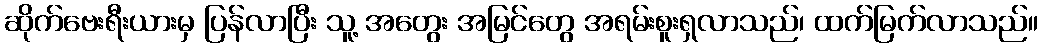
ဆိုက်ဗေးရီးယားမှ ပြန်လာပြီး သူ့ အတွေး အမြင်တွေ အရမ်းစူးရှလာသည်၊ ထက်မြက်လာသည်။